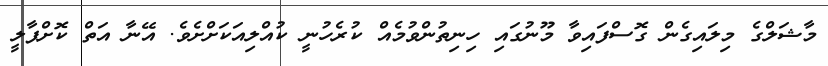
މާޝަލްގެ މިލައިގެން ގޮސްފައިވާ މޫނުގައި ހިނިތުންވުމެއް ކުރެހުނީ ކުއްލިއަކަށްށެވެ. އޭނާ އަތް ކޮށްޕާލީ